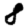
Digit: 8